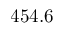
4 5 4 . 6